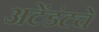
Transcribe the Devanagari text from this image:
अटेंडंटचे